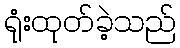
ရုံးထုတ်ခဲ့သည်